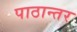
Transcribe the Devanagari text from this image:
पाठान्तर